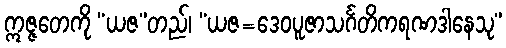
ဣဇ္ဇတေကို “ယဇ”တည်၊ “ယဇ=ဒေဝပူဇာသင်္ဂတိကရဏဒါနေသု”